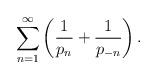
LaTeX: \begin{align*} \sum_{n=1}^{\infty} \left( \frac{1}{p_n} + \frac{1}{p_{-n}} \right) . \end{align*}